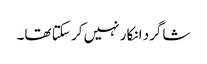
شاگرد انکار نہیں کر سکتا تھا۔